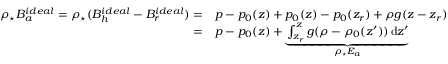
\begin{array} { r l } { \rho _ { \star } B _ { a } ^ { i d e a l } = \rho _ { \star } ( B _ { h } ^ { i d e a l } - B _ { r } ^ { i d e a l } ) = } & { p - p _ { 0 } ( z ) + p _ { 0 } ( z ) - p _ { 0 } ( z _ { r } ) + \rho g ( z - z _ { r } ) } \\ { = } & { p - p _ { 0 } ( z ) + \underbrace { \int _ { z _ { r } } ^ { z } g ( \rho - \rho _ { 0 } ( z ^ { \prime } ) ) \, \mathrm { d } z ^ { \prime } } _ { \rho _ { \star } E _ { a } } } \end{array}